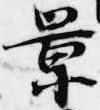
景